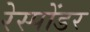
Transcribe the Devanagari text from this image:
रेस्पोंडर